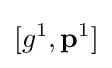
[g^{1},\mathbf {p} ^{1}]